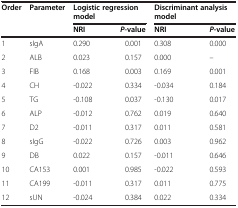
<table><thead><tr><td rowspan="2"><b>Order</b></td><td rowspan="2"><b>Parameter</b></td><td colspan="2"><b>Logistic regression model</b></td><td colspan="2"><b>Discriminant analysis model</b></td></tr><tr><td><b>NRI</b></td><td><b><i>P</i>-value</b></td><td><b>NRI</b></td><td><b><i>P</i>-value</b></td></tr></thead><tbody><tr><td>1</td><td>sIgA</td><td>0.290</td><td>0.001</td><td>0.308</td><td>0.000</td></tr><tr><td>2</td><td>ALB</td><td>0.023</td><td>0.157</td><td>0.000</td><td>--</td></tr><tr><td>3</td><td>FIB</td><td>0.168</td><td>0.003</td><td>0.169</td><td>0.001</td></tr><tr><td>4</td><td>CH</td><td>-0.022</td><td>0.334</td><td>-0.034</td><td>0.184</td></tr><tr><td>5</td><td>TG</td><td>-0.108</td><td>0.037</td><td>-0.130</td><td>0.017</td></tr><tr><td>6</td><td>ALP</td><td>-0.012</td><td>0.762</td><td>0.019</td><td>0.640</td></tr><tr><td>7</td><td>D2</td><td>-0.011</td><td>0.317</td><td>0.011</td><td>0.581</td></tr><tr><td>8</td><td>sIgG</td><td>-0.022</td><td>0.726</td><td>0.003</td><td>0.962</td></tr><tr><td>9</td><td>DB</td><td>0.022</td><td>0.157</td><td>-0.011</td><td>0.646</td></tr><tr><td>10</td><td>CA153</td><td>0.001</td><td>0.985</td><td>-0.022</td><td>0.593</td></tr><tr><td>11</td><td>CA199</td><td>-0.011</td><td>0.317</td><td>0.011</td><td>0.775</td></tr><tr><td>12</td><td>sUN</td><td>-0.024</td><td>0.384</td><td>0.022</td><td>0.334</td></tr></tbody></table>